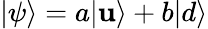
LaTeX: |\psi\rangle=a|\mathbf{u}\rangle+b|d\rangle